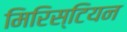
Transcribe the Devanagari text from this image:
मिरिस्टियन